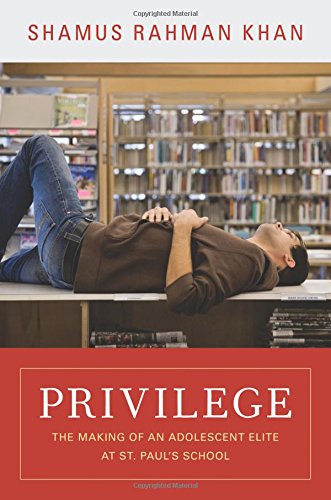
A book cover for Privilege: The Making of an Adolescent Elite at St. Paul's School (Princeton Studies in Cultural Sociology); Shamus Rahman Khan; Politics & Social Sciences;